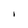
Character: I